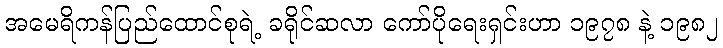
အမေရိကန်ပြည်ထောင်စုရဲ့ ခရိုင်ဆလာ ကော်ပိုရေးရှင်းဟာ ၁၉၇၈ နဲ့ ၁၉၈၂